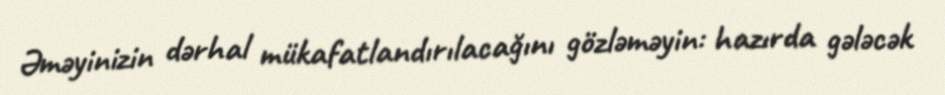
Əməyinizin dərhal mükafatlandırılacağını gözləməyin: hazırda gələcək